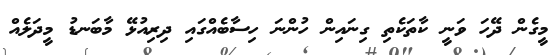
މީގެން ދޭހަ ވަނީ ކާތަކެތި ގިނައިން ހުންނަ ހިސާބެއްގައި ދިރިއުޅޭ މާބަނޑު މީދަލެއް